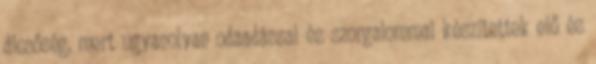
dicsőség, mert ugyanolyan odaadással és szorgalommal készítettek elő és